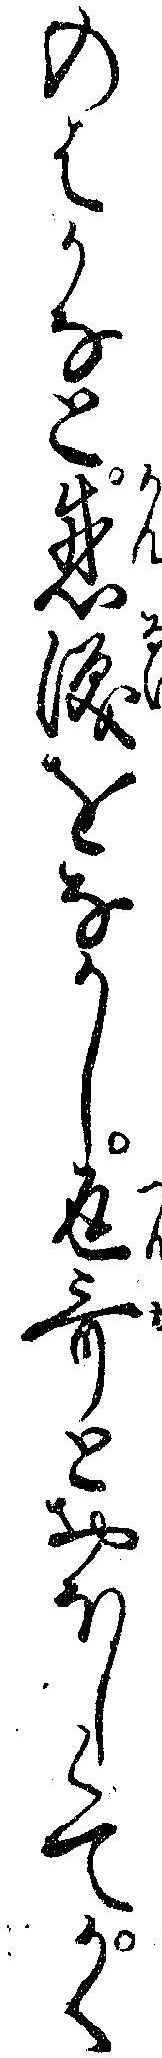
のはかなと感涙をなかし返歌とおほしくてかく